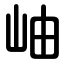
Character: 岫